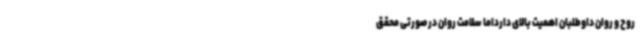
روح و روان داوطلبان اهمیت بالای دارداما سلامت روان در صورتی محقق